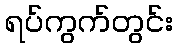
ရပ်ကွက်တွင်း